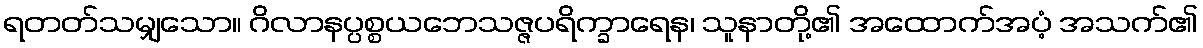
ရတတ်သမျှသော။ ဂိလာနပ္ပစ္စယဘေသဇ္ဇပရိက္ခာရေန၊ သူနာတို့၏ အထောက်အပံ့ အသက်၏